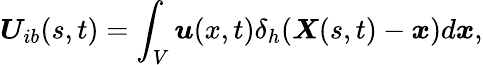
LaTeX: \boldsymbol{U}_{ib}(s,t)=\int_{V}\boldsymbol{u}(x,t)\delta_{h}(\boldsymbol{X}(s,t)-\boldsymbol{x})d\boldsymbol{x},